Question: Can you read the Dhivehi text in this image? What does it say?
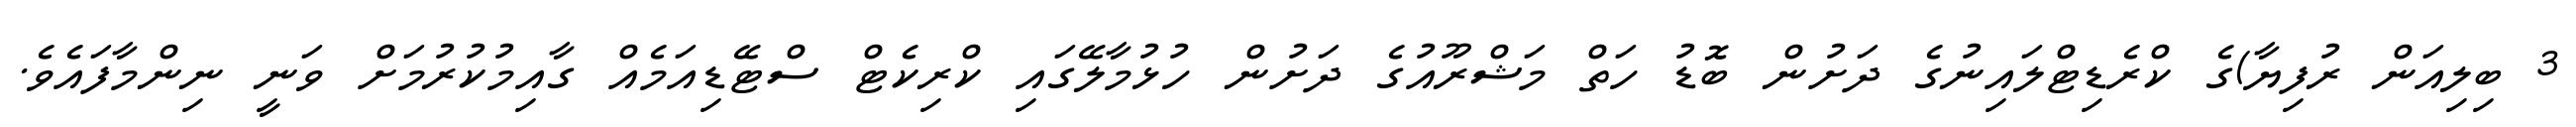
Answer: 3 ބިލިއަން ރުފިޔާ)ގެ ކްރެޑިޓްލައިނުގެ ދަށުން ބޮޑު ހަތް މަޝްރޫއުގެ ދަށުން ހުޅުމާލޭގައި ކްރިކެޓް ސްޓޭޑިއަމެއް ގާއިމުކުރުމަށް ވަނީ ނިންމާފައެވެ.